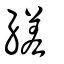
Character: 縒